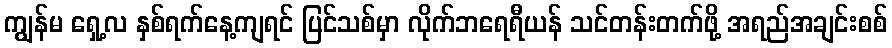
ကျွန်မ ရှေ့လ နှစ်ရက်နေ့ကျရင် ပြင်သစ်မှာ လိုက်ဘရေရီယန် သင်တန်းတက်ဖို့ အရည်အချင်းစစ်